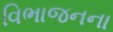
વિભાજનના